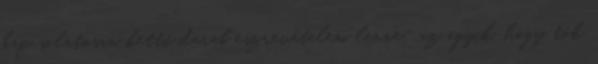
kapcsolatosan kettő darab észrevételem lenne: az egyik, hogy tök